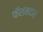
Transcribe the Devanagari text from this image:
फॅशनदार